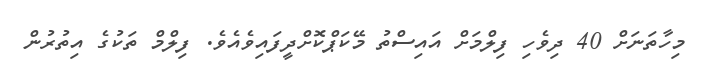
މިހާތަނަށް 40 ދިވެހި ފިލްމަށް އައިސްތު މޭކަޕްކޮށްދީފައިވެއެވެ. ފިލްމް ތަކުގެ އިތުރުން